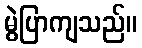
မွဲပြာကျသည်။